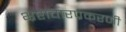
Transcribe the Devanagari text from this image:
भ्रष्टाचारप्रकरणी